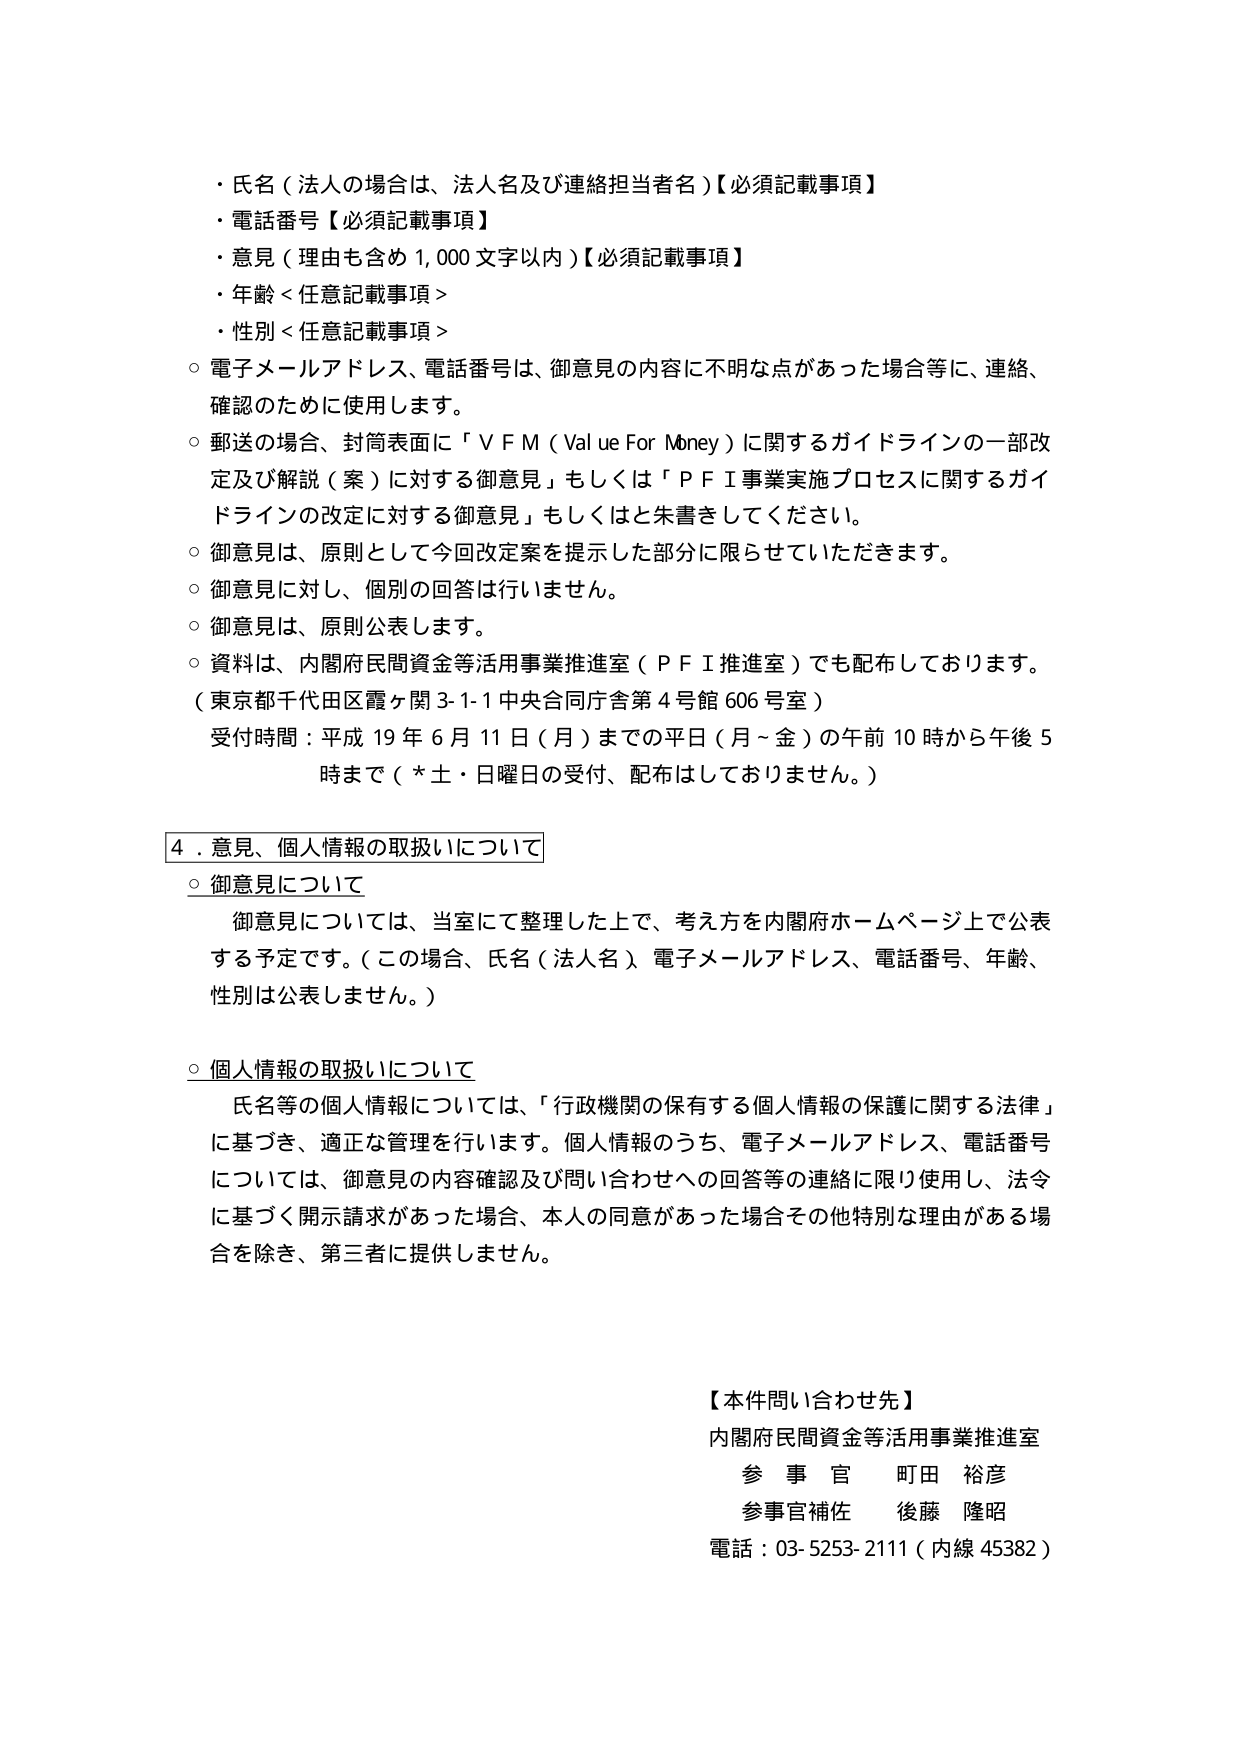
・氏名（法人の場合は、法人名及び連絡担当者名）【必須記載事項】
・電話番号【必須記載事項】
・意見（理由も含め1,000文字以内）【必須記載事項】
・年齢＜任意記載事項＞
・性別＜任意記載事項＞

○ 電子メールアドレス、電話番号は、御意見の内容に不明な点があった場合等に、連絡、確認のために使用します。

○ 郵送の場合、封筒表面に「ＶＦＭ（Value For Money）に関するガイドラインの一部改定及び解説（案）に対する御意見」もしくは「ＰＦＩ事業実施プロセスに関するガイドラインの改定に対する御意見」もしくはと朱書きしてください。

○ 御意見は、原則として今回改定案を提示した部分に限らせていただきます。

○ 御意見に対し、個別の回答は行いません。

○ 御意見は、原則公表します。

○ 資料は、内閣府民間資金等活用事業推進室（ＰＦＩ推進室）でも配布しております。
（東京都千代田区霞ヶ関3-1-1中央合同庁舎第4号館606号室）
受付時間：平成19年6月11日（月）までの平日（月～金）の午前10時から午後5時まで（＊土・日曜日の受付、配布はしておりません。）

4．意見、個人情報の取扱いについて

○ 御意見について
　御意見については、当室にて整理した上で、考え方を内閣府ホームページ上で公表する予定です。（この場合、氏名（法人名）、電子メールアドレス、電話番号、年齢、性別は公表しません。）

○ 個人情報の取扱いについて
　氏名等の個人情報については、「行政機関の保有する個人情報の保護に関する法律」に基づき、適正な管理を行います。個人情報のうち、電子メールアドレス、電話番号については、御意見の内容確認及び問い合わせへの回答等の連絡に限り使用し、法令に基づく開示請求があった場合、本人の同意があった場合その他特別な理由がある場合を除き、第三者に提供しません。

【本件問い合わせ先】
内閣府民間資金等活用事業推進室
参事官　町田　裕彦
参事官補佐　後藤　隆昭
電話：03-5253-2111（内線45382）